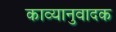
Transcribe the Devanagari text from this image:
काव्यानुवादक